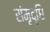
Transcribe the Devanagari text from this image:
संमृृद्धि